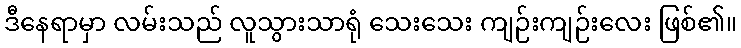
ဒီနေရာမှာ လမ်းသည် လူသွားသာရုံ သေးသေး ကျဉ်းကျဉ်းလေး ဖြစ်၏။